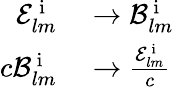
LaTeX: \begin{array}{rl}{\mathcal{E}_{lm}^{\mathrm{~i~}}}&{{}\rightarrow\mathcal{B}_{lm}^{\mathrm{~i~}}}\\ {c\mathcal{B}_{lm}^{\mathrm{~i~}}}&{{}\rightarrow\frac{\mathcal{E}_{lm}^{\mathrm{~i~}}}{c}}\end{array}